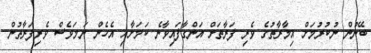
ބޭނުން ނުކުރުމަށް އިމާރާތުގެ ވެރި ފަރާތަށް އަންގާފައިވާނެ ކަމަށާއި އެހެން ނަމަވެސް ވެރިފަރާތުން